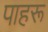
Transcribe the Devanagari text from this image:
पाहरू